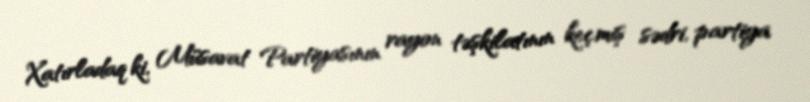
Xatırladaq ki, Müsavat Partiyasının rayon təşkilatının keçmiş sədri, partiya